system: You are a helpful assistant.
user:
Analyze the provided spectrum to determine if it is a **S-type Star**.

- **Key Indicators for S-type Star:**

    - **(Overall Spectrum Shape):** The first and most obvious characteristic is the overall continuum (the "baseline" shape). It is **extremely "red-sloping,"** meaning the flux (light intensity) is very low on the left side (blue, ~4000-4500 Å) and rises steeply and continuously toward the right side (red, ~7000 Å+).

    - **(Primary):** The spectrum is defined by the presence of strong, broad molecular absorption "valleys" (bands) from **Zirconium Oxide (ZrO)**. The identification of these bands is the **primary requirement** for classifying a star as S-type.
        - **(Key Bandheads):** You must find distinct, deep "dips" where the light has been absorbed. The most critical band systems to locate are:
            - **~6474 Å** ($\gamma$-system): This is often the strongest and clearest ZrO feature, found in the red part of the spectrum.
            - **~5718 Å** & **~5551 Å** ($\beta$-system): A pair of prominent absorption features in the yellow-orange part of the spectrum.
            - **~4640 Å** ($\alpha$-system): A key absorption band system in the blue-green region of the spectrum.

    - **(Secondary Confirmation):** The classification is strengthened by finding additional absorption bands from other related heavy element oxides, which are expected to be present alongside ZrO.
        - **(Key Bandheads):**
            - **Yttrium Oxide (YO):** Look for absorption dips near **~4800 Å** and **~6100 Å**.
            - **Lanthanum Oxide (LaO):** Additional absorption features, particularly in the red-orange part of the spectrum, are also characteristic.

    - **(Line Profile):** The combination of the steep red continuum and these numerous, deep molecular bands (ZrO, YO, etc.) gives the entire spectrum a very **"chopped-up"** or **"bumpy"** appearance. Instead of a smooth curve, the spectrum looks as though large, wide chunks of light have been "carved out" of it at the specific wavelengths listed above.

Think first, call **spectral_visualization_tool** if needed to examine features in detail, then provide your final answer. Your response must adhere to the following strict rules:
1.  **Overall Structure:** Your response must follow the format `<think>...</think> <tool_call>...</tool_call> (if a tool is used) <answer>...</answer>`.
2.  **Tool Usage Constraint:** You may only make **one** tool call per turn.
3.  **Final Answer Format:** In the `<answer>` tag, your conclusion must be inside a `\boxed{}` command (e.g., `\boxed{YES}` or `\boxed{NO}`), followed by your justification.

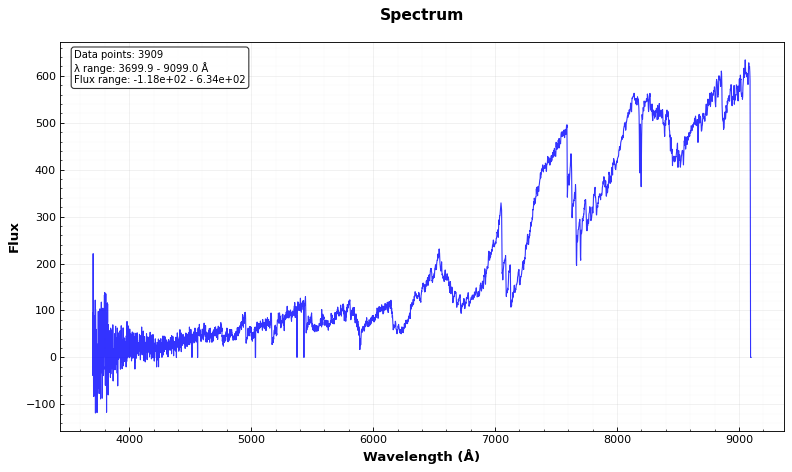
Answer: NO